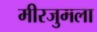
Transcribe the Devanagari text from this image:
मीरजुमला